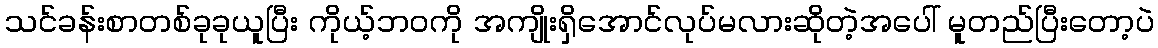
သင်ခန်းစာတစ်ခုခုယူပြီး ကိုယ့်ဘဝကို အကျိုးရှိအောင်လုပ်မလားဆိုတဲ့အပေါ် မူတည်ပြီးတော့ပဲ